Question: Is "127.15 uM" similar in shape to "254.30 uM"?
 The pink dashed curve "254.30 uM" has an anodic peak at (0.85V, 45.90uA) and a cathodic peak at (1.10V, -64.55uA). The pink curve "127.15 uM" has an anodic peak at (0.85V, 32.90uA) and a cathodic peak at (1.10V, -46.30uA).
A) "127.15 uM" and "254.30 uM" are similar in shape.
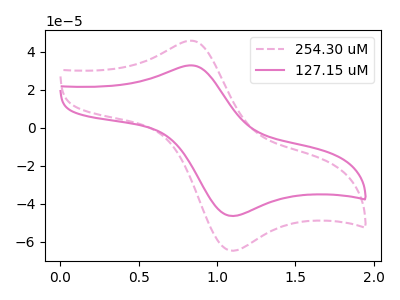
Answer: <think>All the peaks in "127.15 uM" have a peak in "254.30 uM" at the same potential. Every peak in "127.15 uM" is lower than every peak in "254.30 uM".
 </think>
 <answer>A) "127.15 uM" and "254.30 uM" are similar in shape.</answer>
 <eval>A</eval>